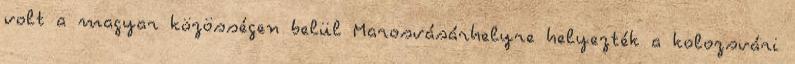
volt a magyar közösségen belül Marosvásárhelyre helyezték a kolozsvári